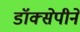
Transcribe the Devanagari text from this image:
डॉक्सेपीने